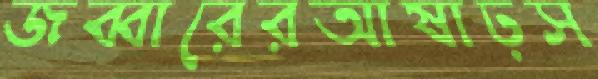
জব্বারেরআষাঢ়স